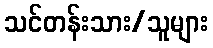
သင်တန်းသား/သူများ